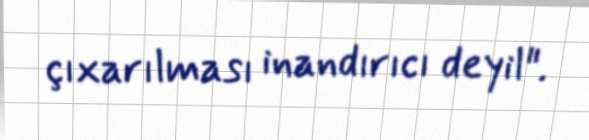
çıxarılması inandırıcı deyil".